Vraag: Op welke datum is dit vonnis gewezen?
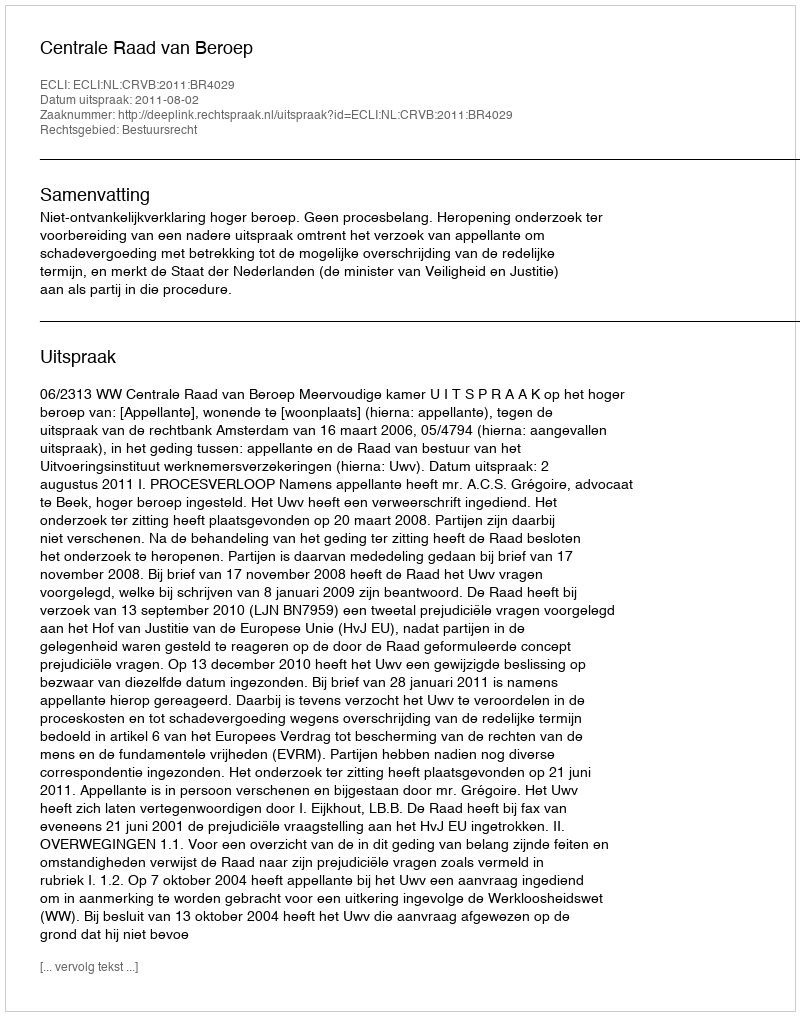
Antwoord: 2011-08-02